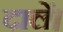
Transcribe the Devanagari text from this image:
दालें।